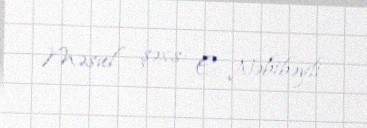
Məsul şəxs: E. Nəbibəyli